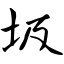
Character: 圾